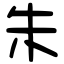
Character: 朱